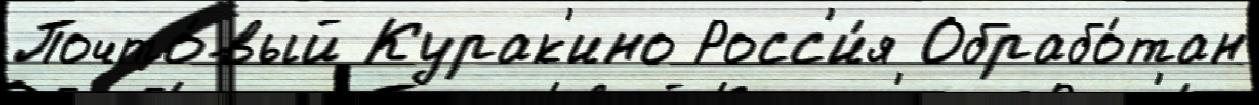
Почто́вый Курак'ино Росс'и́я Обрабо́тан